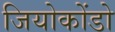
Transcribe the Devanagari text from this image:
जियोकोंडो